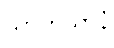
သာကိယာနံ